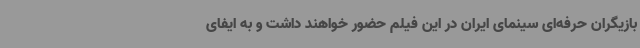
بازیگران حرفه‌ای سینمای ایران در این فیلم حضور خواهند داشت و به ایفای